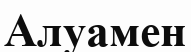
Алуамен